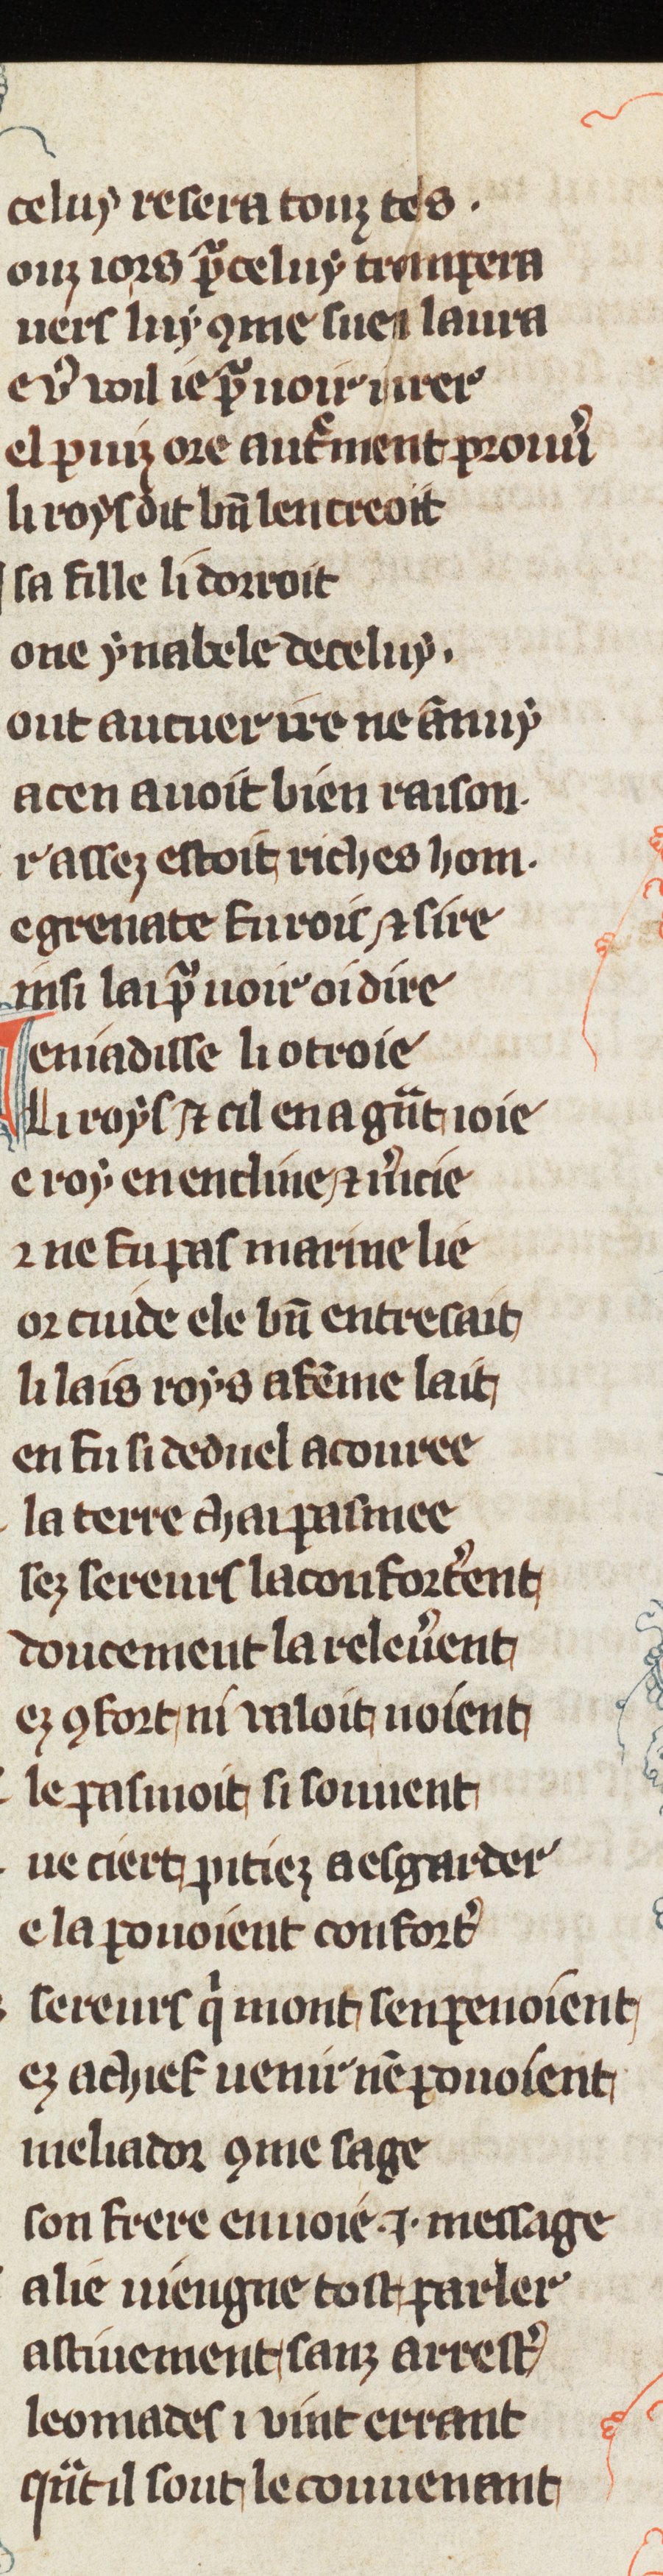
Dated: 1270–1299